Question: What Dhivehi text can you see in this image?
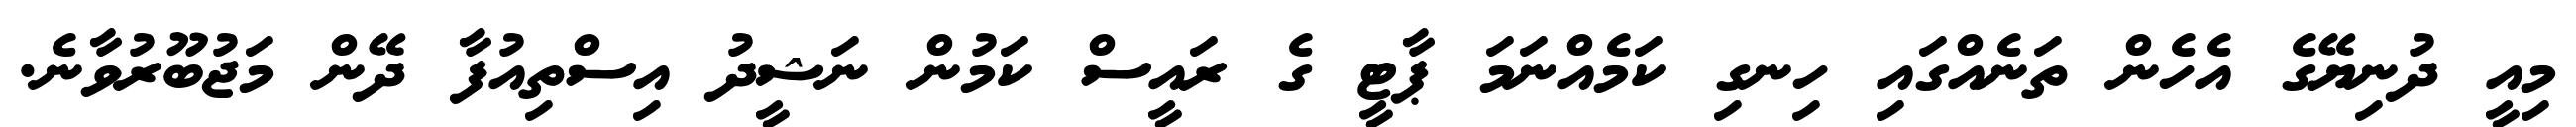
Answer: މިއީ ދުނިޔޭގެ އެހެން ތަނެއްގައި ހިނގި ކަމެއްނަމަ ޕާޓީ ގެ ރައީސް ކަމުން ނަޝީދު އިސްތިއުފާ ދޭން މަޖުބޫރުވާނެ.